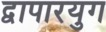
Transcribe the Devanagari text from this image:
द्वापारयुग